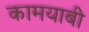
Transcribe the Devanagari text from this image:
कामयाबी